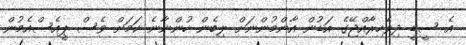
އެ ސީޑީ ދިވެހިރާއްޖޭގެ އަޑުން އާންމުންނަށް ލިބެން ހުންނާނެ ކަމަށް ވެސް ޕީއެސްއެމުން